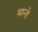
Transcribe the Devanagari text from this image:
मान्ते